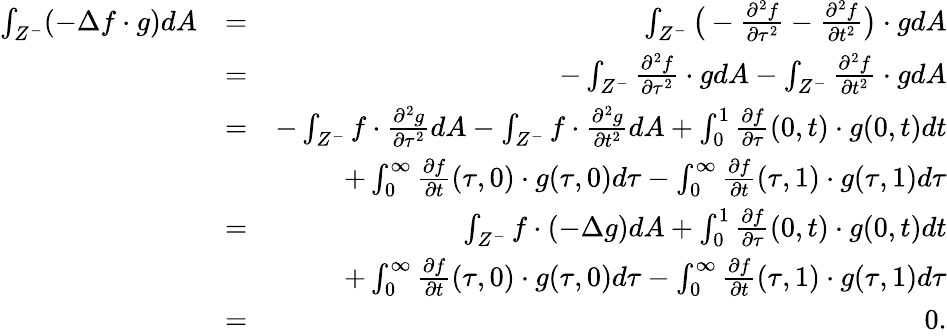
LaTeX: \begin{array}{rlr}{\int_{Z^{-}}(-\Delta f\cdot g)dA}&{=}&{\int_{Z^{-}}\big(-\frac{\partial^{2}f}{\partial\tau^{2}}-\frac{\partial^{2}f}{\partial t^{2}}\big)\cdot gdA}\\ &{=}&{-\int_{Z^{-}}\frac{\partial^{2}f}{\partial\tau^{2}}\cdot gdA-\int_{Z^{-}}\frac{\partial^{2}f}{\partial t^{2}}\cdot gdA}\\ &{=}&{-\int_{Z^{-}}f\cdot\frac{\partial^{2}g}{\partial\tau^{2}}dA-\int_{Z^{-}}f\cdot\frac{\partial^{2}g}{\partial t^{2}}dA+\int_{0}^{1}\frac{\partial f}{\partial\tau}(0,t)\cdot g(0,t)dt}\\ &{}&{+\int_{0}^{\infty}\frac{\partial f}{\partial t}(\tau,0)\cdot g(\tau,0)d\tau-\int_{0}^{\infty}\frac{\partial f}{\partial t}(\tau,1)\cdot g(\tau,1)d\tau}\\ &{=}&{\int_{Z^{-}}f\cdot(-\Delta g)dA+\int_{0}^{1}\frac{\partial f}{\partial\tau}(0,t)\cdot g(0,t)dt}\\ &{}&{+\int_{0}^{\infty}\frac{\partial f}{\partial t}(\tau,0)\cdot g(\tau,0)d\tau-\int_{0}^{\infty}\frac{\partial f}{\partial t}(\tau,1)\cdot g(\tau,1)d\tau}\\ &{=}&{0.}\end{array}